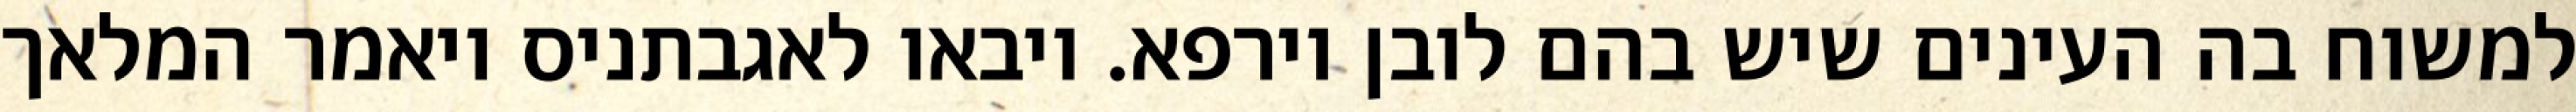
למשוח בה העינים שיש בהם לובן וירפא. ויבאו לאגבתניס ויאמר המלאך